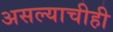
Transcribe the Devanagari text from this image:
असल्याचीही